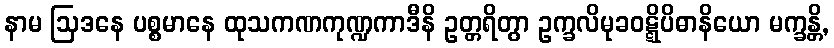
နာမ ဩဒနေ ပစ္စမာနေ ထုသကဏကုဏ္ဍကာဒီနိ ဥတ္တရိတွာ ဥက္ခလိမုခဝဋ္ဋိပိဓာနိယော မက္ခန္တိ,